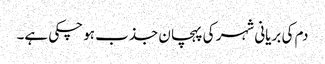
دم کی بریانی شہر کی پہچان جذب ہو چکی ہے۔